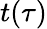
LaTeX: t(\tau)